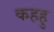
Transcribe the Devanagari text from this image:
कहहु